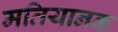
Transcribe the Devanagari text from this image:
मतियानक